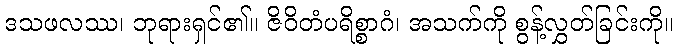
ဒသဖလဿ၊ ဘုရားရှင်၏။ ဇိဝိတံပရိစ္စာဂံ၊ အသက်ကို စွန့်လွှတ်ခြင်းကို။